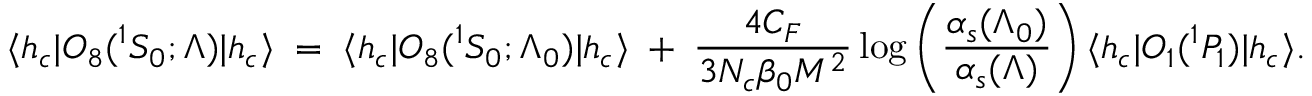
{ \langle h _ { c } | } { \cal O } _ { 8 } ( { } ^ { 1 } S _ { 0 } ; \Lambda ) { | h _ { c } \rangle } \; = \; { \langle h _ { c } | } { \cal O } _ { 8 } ( { } ^ { 1 } S _ { 0 } ; \Lambda _ { 0 } ) { | h _ { c } \rangle } \; + \; { \frac { 4 C _ { F } } { 3 N _ { c } \beta _ { 0 } M ^ { 2 } } } \log \left( \frac { \alpha _ { s } ( \Lambda _ { 0 } ) } { \alpha _ { s } ( \Lambda ) } \right) { \langle h _ { c } | } { \cal O } _ { 1 } ( { } ^ { 1 } P _ { 1 } ) { | h _ { c } \rangle } .